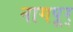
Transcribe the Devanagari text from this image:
नागपूर्